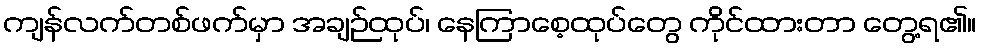
ကျန်လက်တစ်ဖက်မှာ အချဉ်ထုပ်၊ နေကြာစေ့ထုပ်တွေ ကိုင်ထားတာ တွေ့ရ၏။